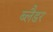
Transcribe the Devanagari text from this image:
ब्‍लैडर